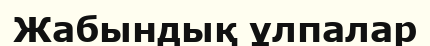
Жабындық ұлпалар